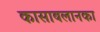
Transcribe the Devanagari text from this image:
कासाबलानका